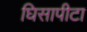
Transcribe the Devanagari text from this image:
घिसापीटा